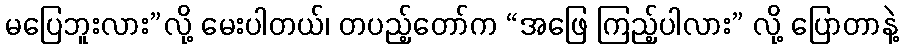
မပြေဘူးလား”လို့ မေးပါတယ်၊ တပည့်တော်က “အဖြေ ကြည့်ပါလား” လို့ ပြောတာနဲ့